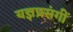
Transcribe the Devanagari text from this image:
यज्ञप्रसंगीं